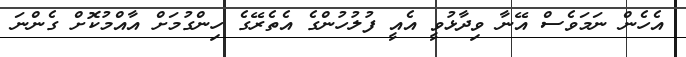
އެހެން ނަމަވެސް އޭނާ ވިދާޅުވީ އެއީ ފުލުހުންގެ އެތެރޭގެ ހިންގުމަށް އާއްމުކޮށް ގެންނަ